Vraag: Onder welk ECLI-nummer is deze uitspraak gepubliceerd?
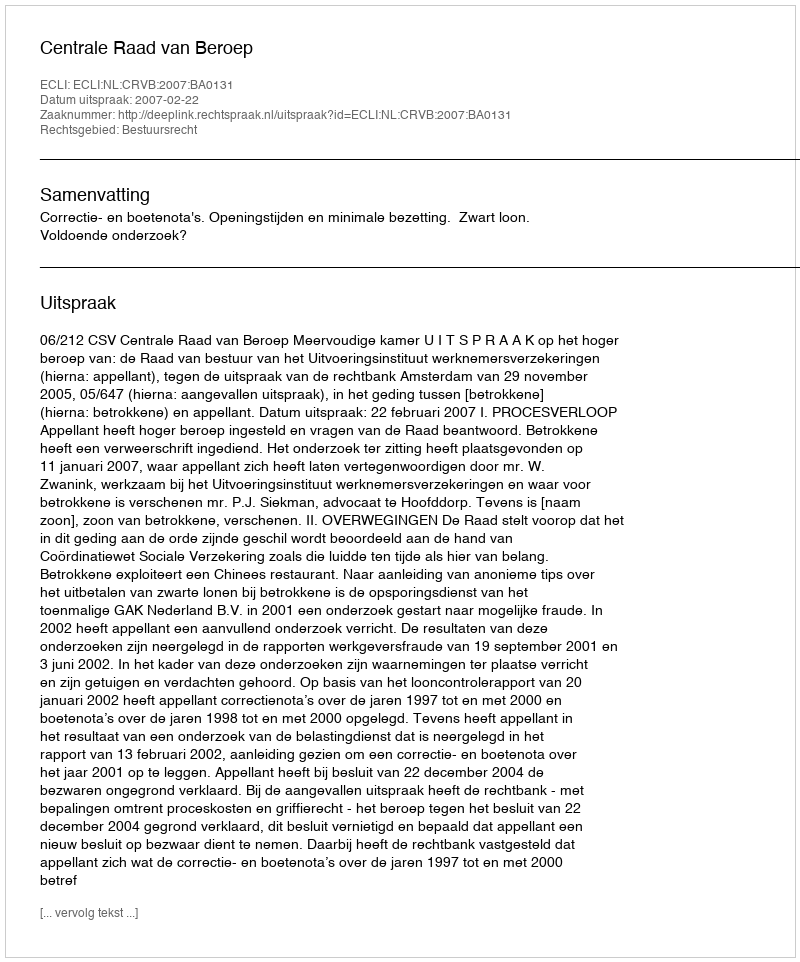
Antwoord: ECLI:NL:CRVB:2007:BA0131